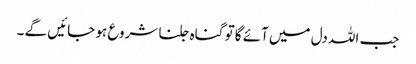
جب اللہ دل میں آئے گا تو گناہ جلنا شروع ہو جائیں گے ۔